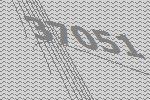
37051